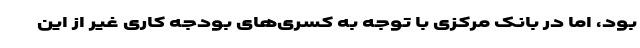
بود، اما در بانک مرکزی با توجه به کسری‌های بودجه کاری غیر از این